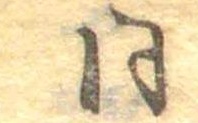
同